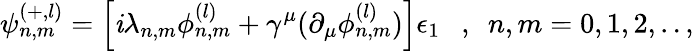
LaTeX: \psi_{n,m}^{(+,l)}=\left[\mathit{i}\lambda_{n,m}\phi_{n,m}^{(l)}+\gamma^{\mu}(\partial_{\mu}\phi_{n,m}^{(l)})\right]\epsilon_{1}~~~,~~n,m=0,1,2,..,